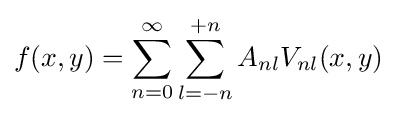
f(x,y)=\sum _{n=0}^{\infty }\sum _{l=-n}^{+n}A_{nl}V_{nl}(x,y)